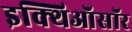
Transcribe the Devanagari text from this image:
इक्थिऑसॉर